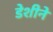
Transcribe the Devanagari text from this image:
डेशीने